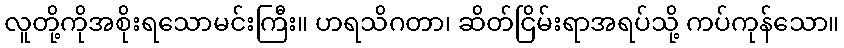
လူတို့ကိုအစိုးရသောမင်းကြီး။ ဟရသိဂတာ၊ ဆိတ်ငြိမ်းရာအရပ်သို့ ကပ်ကုန်သော။